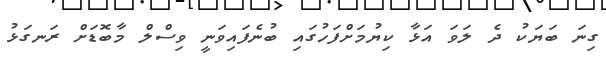
ގިނަ ބަޔަކު ދެ ލަވަ އަޅާ ކިޔުމަށްފަހުގައި ބުނެފައިވަނީ ވިސްލް މާބޮޑަށް ރަނގަޅު